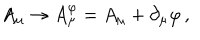
A _ { \mu } \to A _ { \mu } ^ { \varphi } = A _ { \mu } + \partial _ { \mu } \varphi \, ,